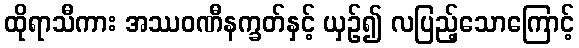
ထိုရာသီကား အဿဝဏီနက္ခတ်နှင့် ယှဉ်၍ လပြည့်သောကြောင့်